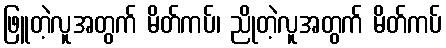
ဖြူတဲ့လူအတွက် မိတ်ကပ်၊ ညိုတဲ့လူအတွက် မိတ်ကပ်